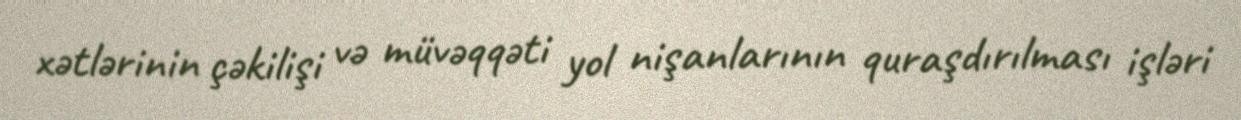
xətlərinin çəkilişi və müvəqqəti yol nişanlarının quraşdırılması işləri